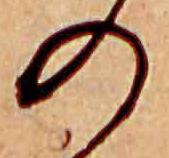
の